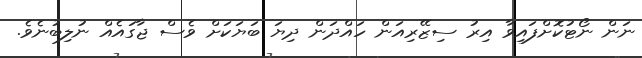
ނަން ނޯޓުކޮށްފައިވާ އިރު ސިޒޭރިއަން ހައްދަން ދިޔަ ބަޔަކަށް ވެސް ޖާގައެއް ނުލިބުނެވެ.